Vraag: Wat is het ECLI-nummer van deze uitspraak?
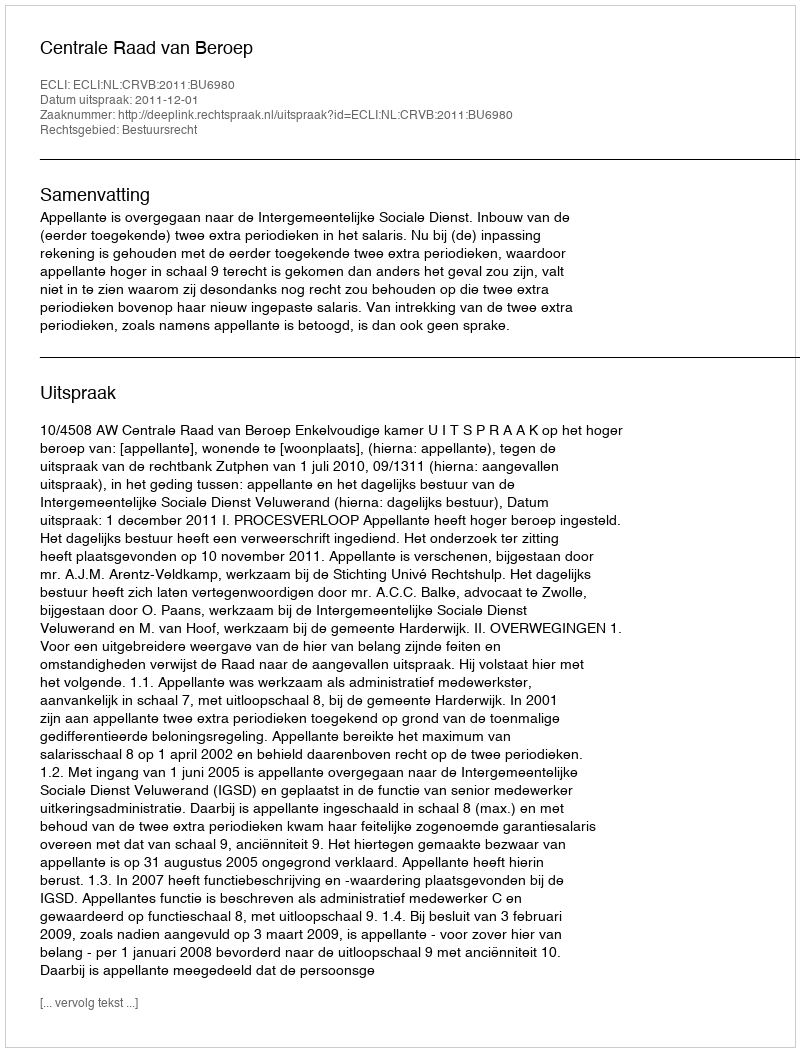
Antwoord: ECLI:NL:CRVB:2011:BU6980